Emmaste_vallavalitsus, lk 17
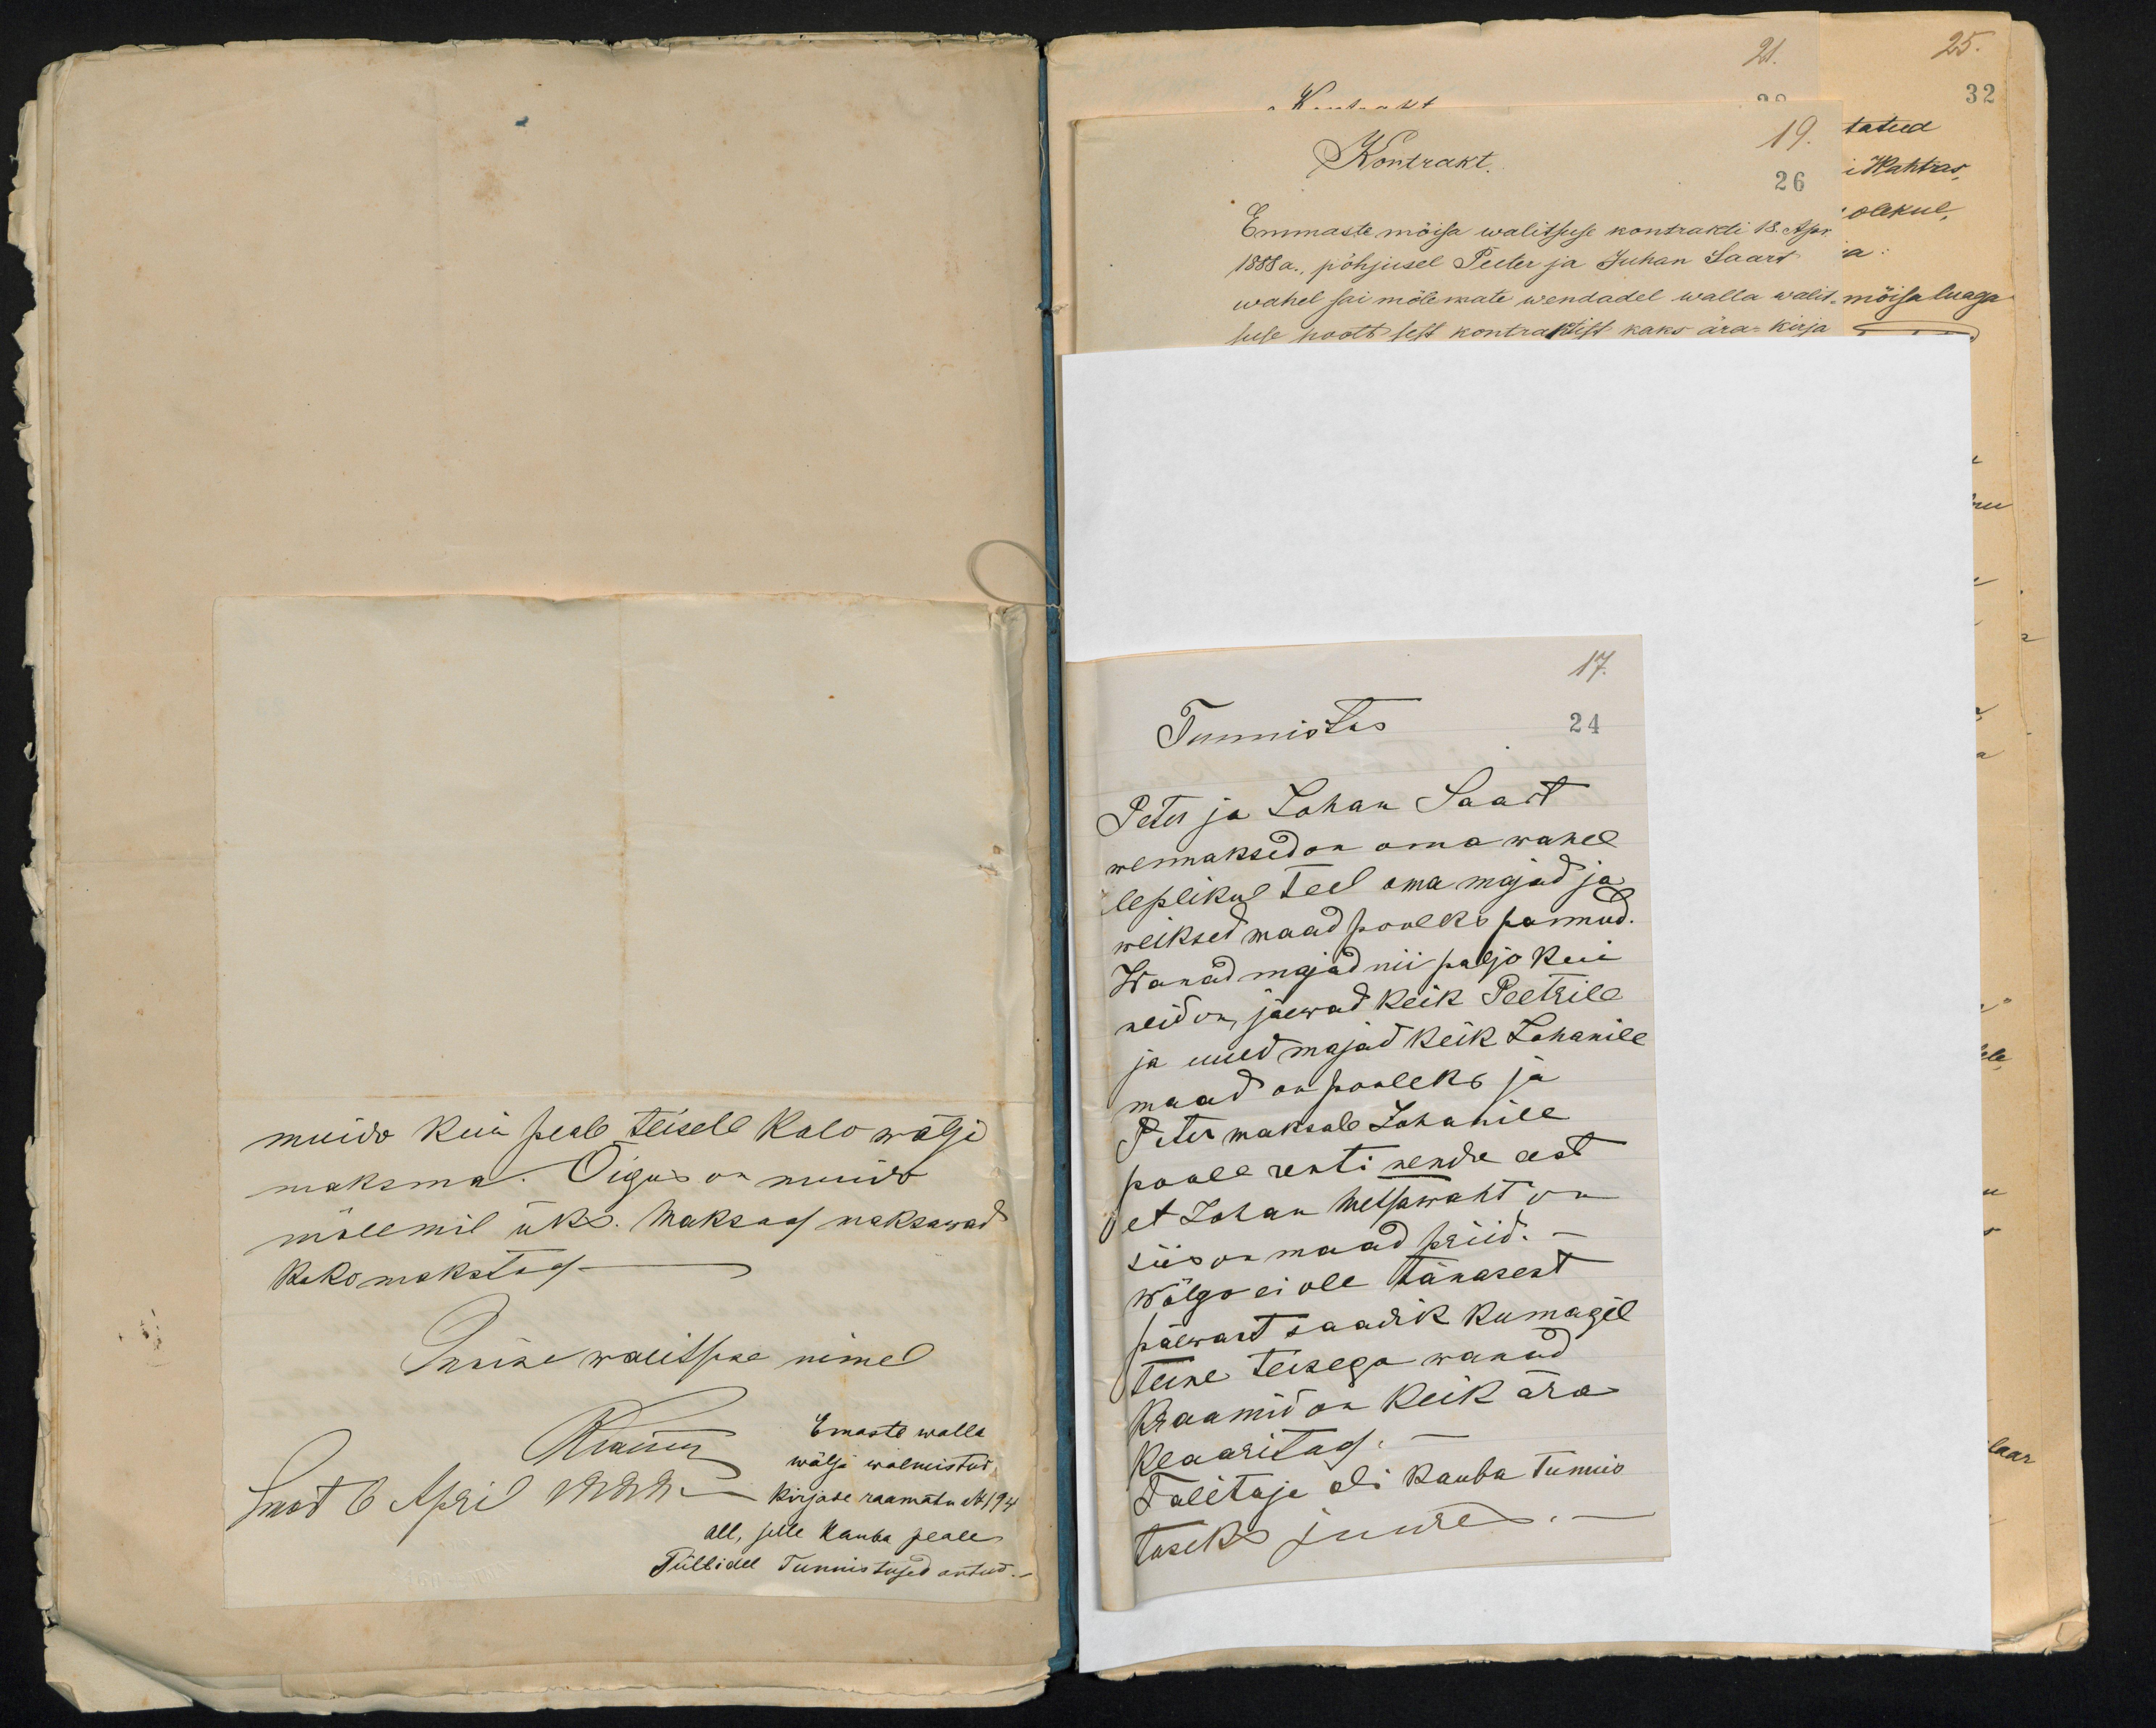
21.
25.
Kontrakt.
19.
tatud
26
i Wahtras
Emmaste mõisa walitsuse kontrakti 18. Apr.
olekul.
1888 a. põhjusel Peeter ja Juhan Saart
wahel sai mõlemate wendadel walla walit-
mõisa luaga
suse poolt sest kontraktist kaks ära-kirja

muido kui peale teisele Kalo wägi
maksma. Õigus on muido
mõlemil üks. Maksad maksawad
Koko makstud
Imme walitsuse nimel
Rannem
Emaste walla
wälja walmistud
Emast 6 April 1888 a kirjade raamatu N 194
all, selle kamba peale
Tüllidel tunnistused antud.

17.
Tunnistus
24
Peter ja Johan Saart
wennaksed on oma wahel
leplikul teel oma majad ja
weikset maad pooleks pannud.
Wanad majad nii paljo kui
neid on, jäewad keik Peetrile
ja uued majad keik Johanile
maad on pooleks ja
Peter maksab Johanile
poole renti nende eest
et Johan metsawaht on
siis on maad priid.-
wõlgo ei ole tänasest
päewast saadik kumagil
teine teisega wanad
Kraamid on keik ära
klaaritud.
Talitaja oli kauba tunnis
tuseks juures